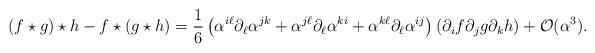
LaTeX: \begin{align*}\left( f \star g \right) \star h - f \star \left( g \star h \right) = \frac{1}{6} \left( \alpha^{i\ell} \partial_{\ell} \alpha^{jk} + \alpha^{j\ell}\partial_{\ell} \alpha^{ki} + \alpha^{k\ell} \partial_{\ell} \alpha^{ij}\right) \left( \partial_{i} f \partial_{j} g \partial_{k} h \right) + \mathcal{O}(\alpha^{3}).\end{align*}